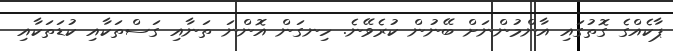
ޕާކެއްގެ ގޮތުގައި އާންމުންނަށް ބޭނުން ކުރެވޭނެ. ހިނގަން އޮންނަ ތަނާއި ގަސްތަކާއި ކުޑަތަކާއި